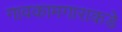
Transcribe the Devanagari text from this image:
गावकामगाराकडे